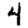
Digit: 4